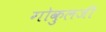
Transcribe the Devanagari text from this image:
गोकुलजी